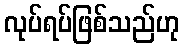
လုပ်ရပ်ဖြစ်သည်ဟု